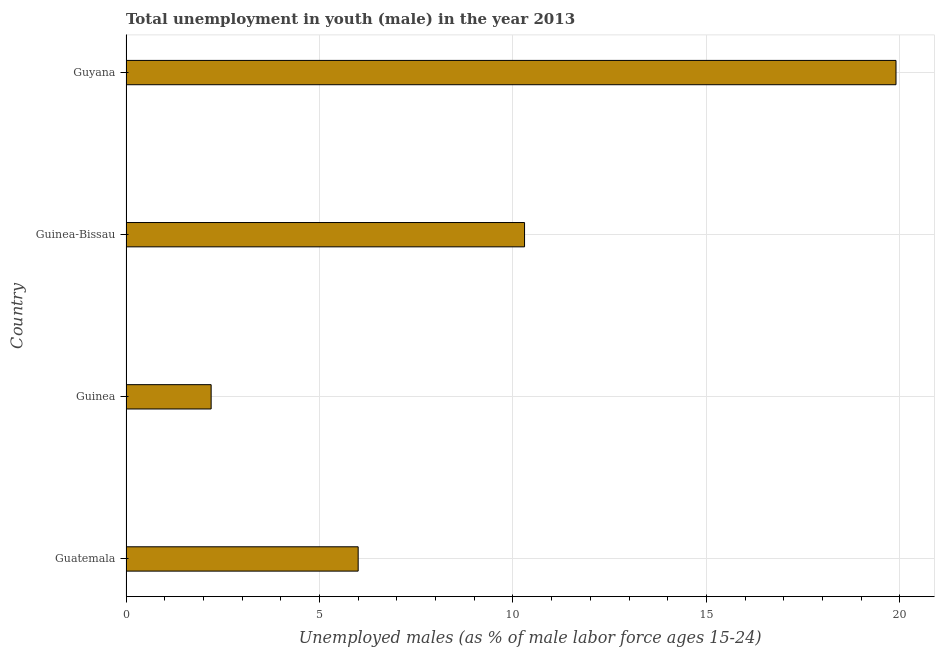
| Country | Unemployment |
 | --- | --- |
 | Guatemala | 6 |
 | Guinea | 2.2 |
 | Guinea-Bissau | 10.3 |
 | Guyana | 19.9 |